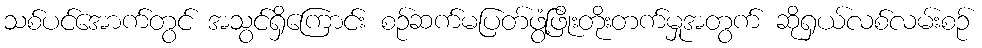
သစ်ပင်အောက်တွင် အသွင်ရှိကြောင်း စဉ်ဆက်မပြတ်ဖွံ့ဖြိုးတိုးတက်မှုအတွက် ဆိုရှယ်လစ်လမ်းစဉ်